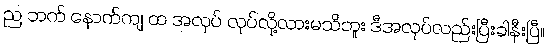
ည ဘက် နောက်ကျ ထ အလုပ် လုပ်လို့လားမသိဘူး ဒီအလုပ်လည်းပြီးခါနီးပြီ။